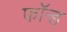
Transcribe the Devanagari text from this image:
फॉन्ड